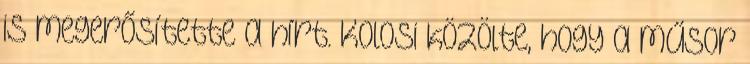
is megerősítette a hírt. Kolosi közölte, hogy a műsor